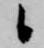
候